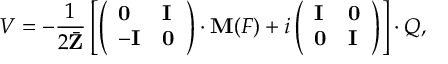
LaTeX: V = - { \frac { 1 } { 2 \bar { \bf Z } } } \left[ \left( \begin{array} { l l } { { { \bf 0 } } } & { { { \bf I } } } \\ { { - { \bf I } } } & { { { \bf 0 } } } \end{array} \right) \cdot { \bf M } ( { \cal F } ) + i \left( \begin{array} { l l } { { { \bf I } } } & { { { \bf 0 } } } \\ { { { \bf 0 } } } & { { { \bf I } } } \end{array} \right) \right] \cdot { \cal Q } ,